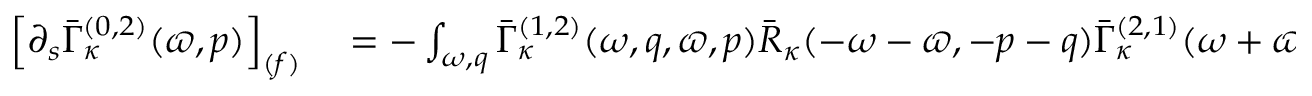
\begin{array} { r l } { \left[ \partial _ { s } \bar { \Gamma } _ { \kappa } ^ { ( 0 , 2 ) } ( \varpi , p ) \right] _ { ( f ) } } & { { } = - \int _ { \omega , q } \bar { \Gamma } _ { \kappa } ^ { ( 1 , 2 ) } ( \omega , q , \varpi , p ) \bar { R } _ { \kappa } ( - \omega - \varpi , - p - q ) \bar { \Gamma } _ { \kappa } ^ { ( 2 , 1 ) } ( \omega + \varpi , p + q , - \omega , - q ) \; \tilde { \partial } _ { s } \bar { C } _ { \kappa } ( \omega , q ) + c . c . } \end{array}